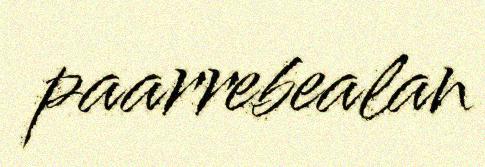
paarrebealan